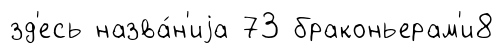
зд'есь назва́н'иjа 73 браконьерам'и8